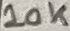
Text: 10K